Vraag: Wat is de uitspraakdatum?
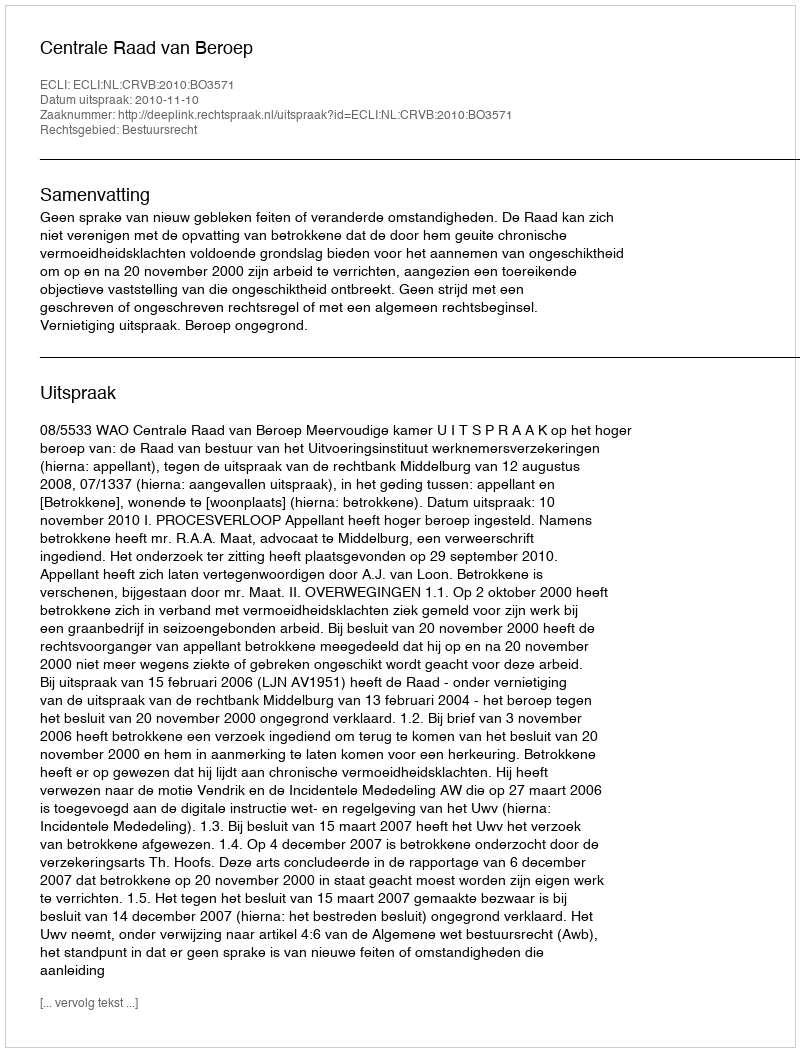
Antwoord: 2010-11-10